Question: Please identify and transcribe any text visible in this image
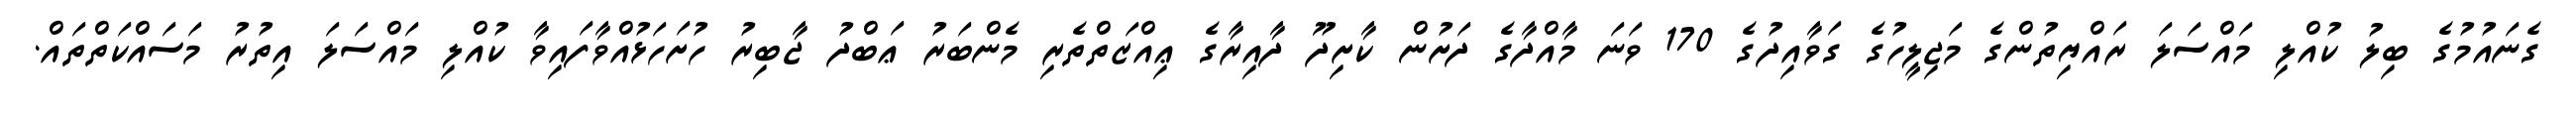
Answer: ގެނައުމުގެ ބިލު ކުއްލި މައްސަލަ ރައްޔިތުންގެ މަޖިލީހުގެ ގަވާއިދުގެ 170 ވަނަ މާއްދާގެ ދަށުން ކާށިދޫ ދާއިރާގެ ޢިއްޒަތްތެރި މެންބަރު ޢަބްދު ޖާބިރު ހުށަހަޅުއްވާފައިވާ ކުއްލި މައްސަލަ އިތުރު މަސައްކަތްތައް.